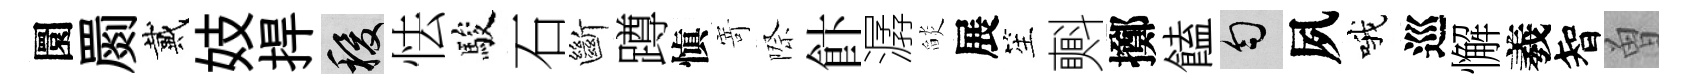
圜罽戴妓捍稷怯駿石斷蹲愼𭔃際飰潺𦦨展笙㪺擲饁匀夙哦巡懈羲智曽